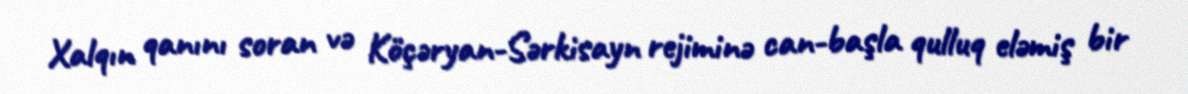
Xalqın qanını soran və Köçəryan-Sərkisayn rejiminə can-başla qulluq eləmiş bir